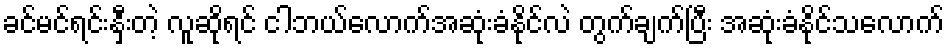
ခင်မင်ရင်းနှီးတဲ့ လူဆိုရင် ငါဘယ်လောက်အဆုံးခံနိုင်လဲ တွက်ချက်ပြီး အဆုံးခံနိုင်သလောက်